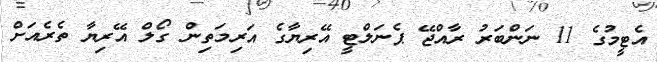
އެޓީމުގެ 11 ނަންބަރު ރާއްޖޭ ޕެނަލްޓީ އޭރިޔާގެ އަރިމަތިން ގޯލް އޭރިޔާ ތެރެއަށް